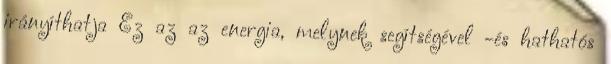
irányíthatja Ez az az energia, melynek segítségével -és hathatós